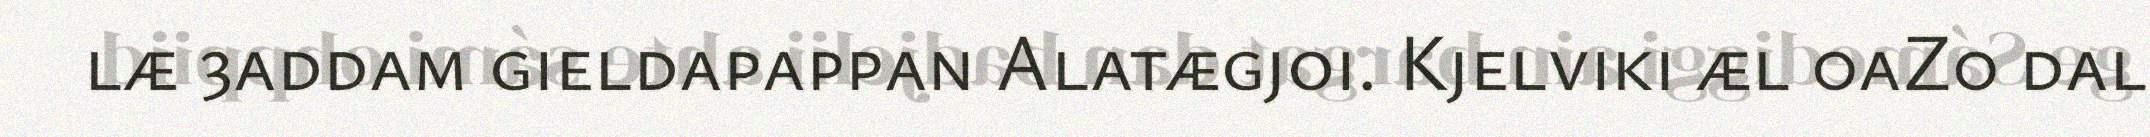
læ 3addam gieldapappan Alatægjoi. Kjelviki æl 0aZ0 dal